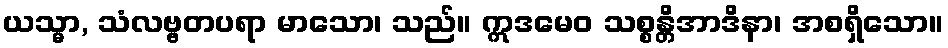
ယသ္မာ, သံလဗ္ဗတပရာ မာသော၊ သည်။ ဣဒမေဝ သစ္စန္တိအာဒိနာ၊ အစရှိသော။